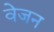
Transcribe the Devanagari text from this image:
वेजन